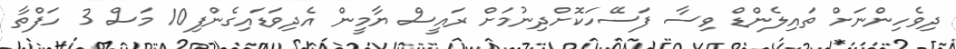
ދިވެހިންނަށް ތައިލެންޑް ވިސާ ފަސޭހަކޮށްދިނުމަށް ރައީސް ޔާމީން އެދިވަޑައިގެންފި10 މަސް 3 ހަފްތާ